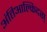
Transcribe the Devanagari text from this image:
अंतिआल्किदस्